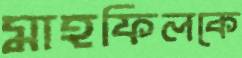
মাহফিলকে